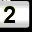
Digit: 2